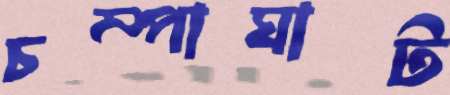
চম্পাঘাট